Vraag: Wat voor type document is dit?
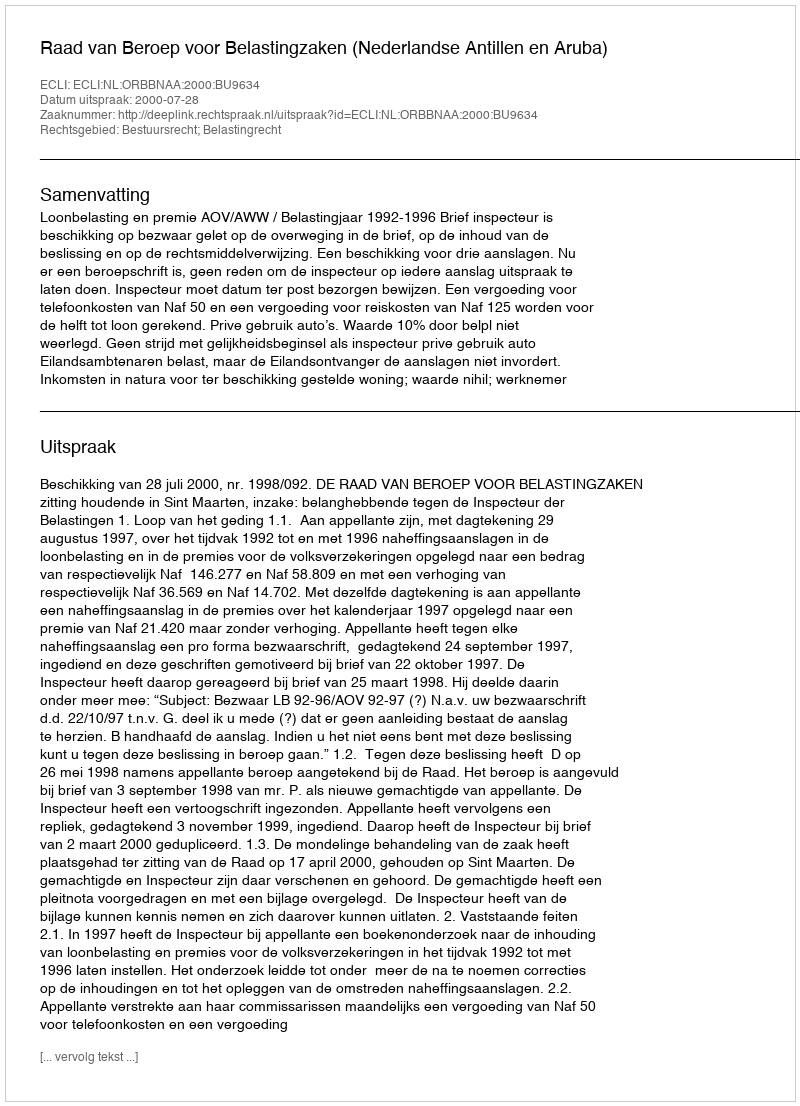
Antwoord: Uitspraak